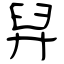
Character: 舁